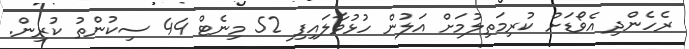
ރެހެންދި އެވޯޑަށް ކުރިމަތިލުމަށް އަލުން ހުޅުވާލައިފި 52 މިނެޓް 44 ސިކުންތު ކުރިން.